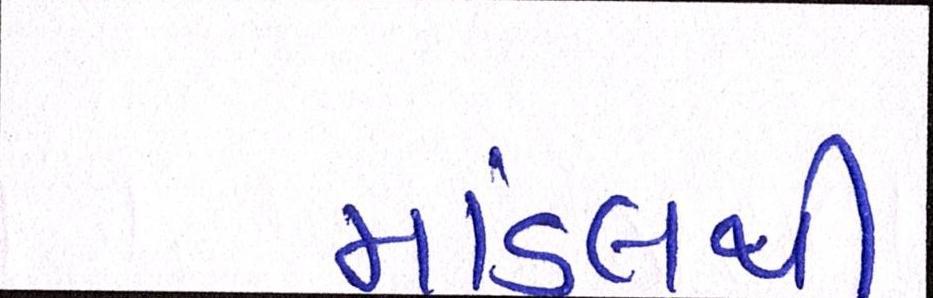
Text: માંડલથી